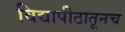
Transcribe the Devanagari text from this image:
विद्यापीठातूनच